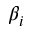
\beta _ { i }